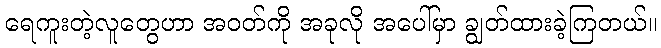
ရေကူးတဲ့လူတွေဟာ အဝတ်ကို အခုလို အပေါ်မှာ ချွတ်ထားခဲ့ကြတယ်။